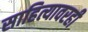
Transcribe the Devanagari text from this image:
साहित्यावरही